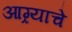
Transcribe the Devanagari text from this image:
आग्र्याचे